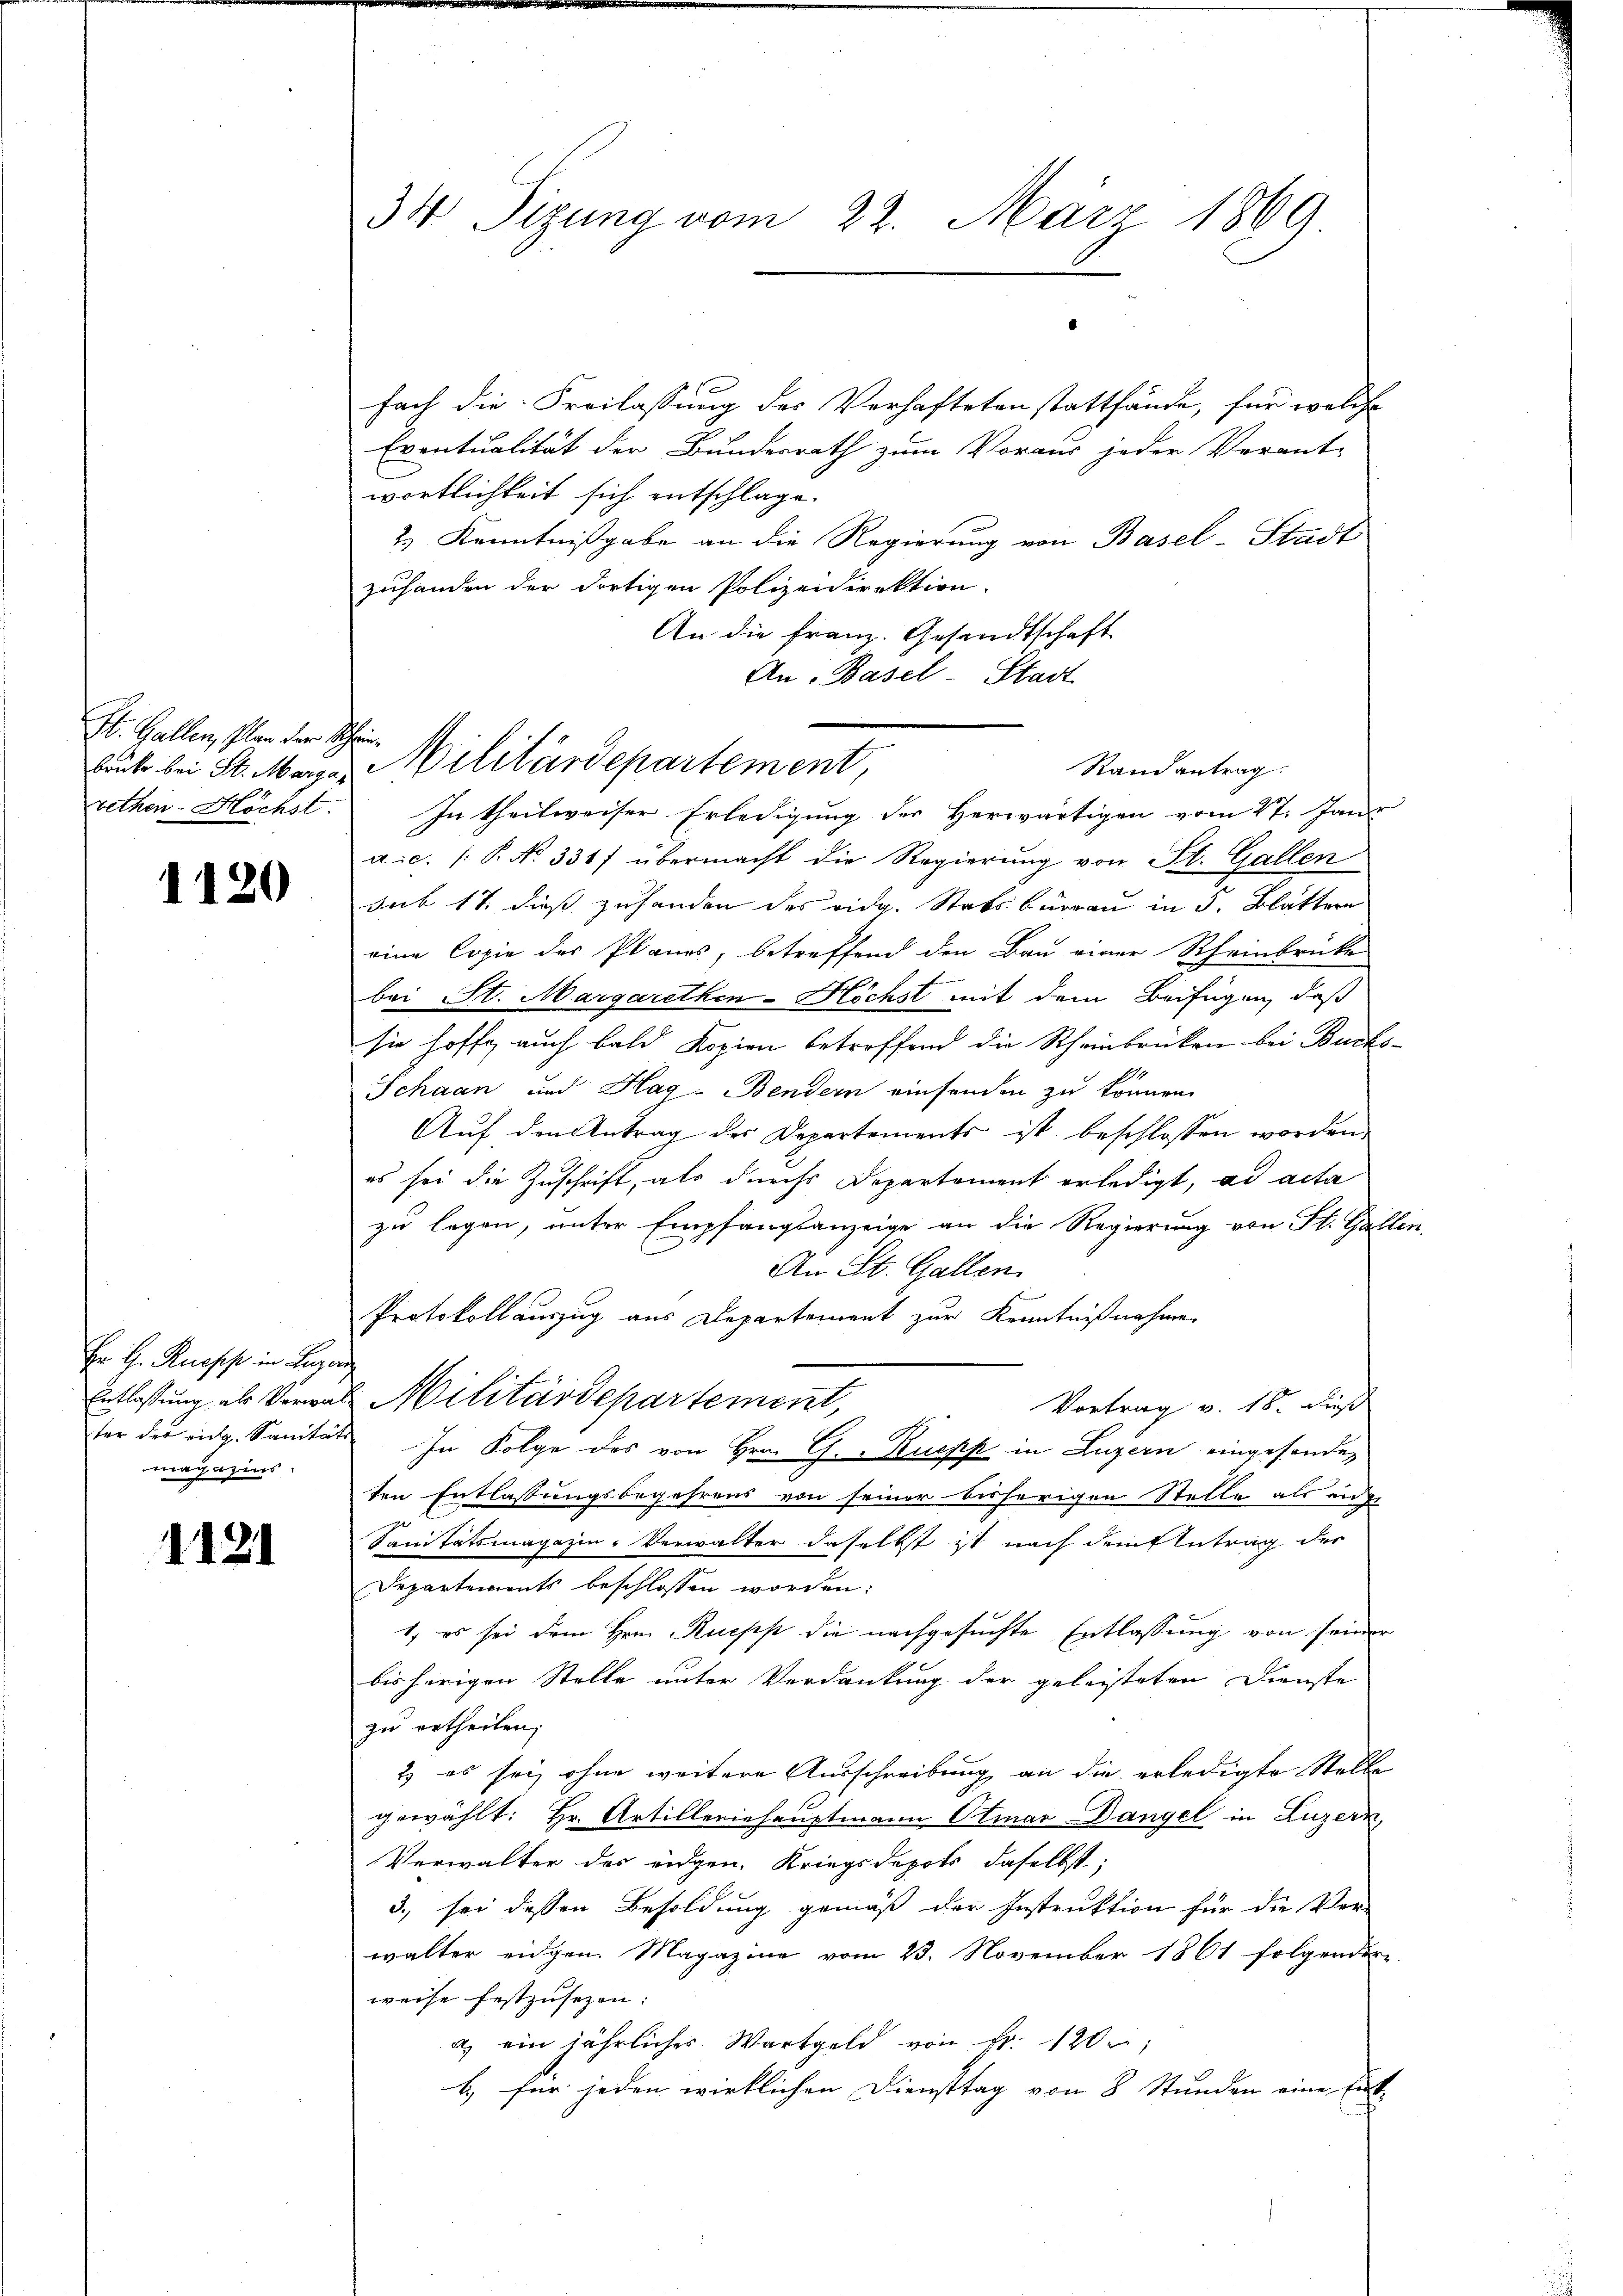
St. Gallen, Plan der S
Brüke bei St. Margarethen-Höchst.

1120

Er H. Knopf in Luzern
Entlassung als Vorwater der eidg. Sanitäts
magazins.

1121

34. Sitzung vom 22. März 1869

fach die Freilassung des Verhafteten stattfände, für welche
Eventualität der Bundesrath zum Voraus jeder Verant-
wortlichkeit sich entschlage.
2.) Kenntnißgabe an die Regierung von Basel-Stadt
zuhanden der dortigen Polizeidirektion.
An die Franz. Gesandtschaft
An Basel-Stadt
In Theilweiser Erledigung der Herwärtigen vom 27. Janr
a.c. (: P. No 331) übermacht die Regierung von St. Gallen
sub 17. dieß zuhanden des eidg. Stabsburgau in 5. Blättern
eine Copie des Planes, betreffend den Bau einer Rheinbrücke
bei St. Margarethen-Höchst mit dem Beifügen, daß
sie hoffe auch bald Kopien betroffend die Rheinbrücken bei Buchs-
Schaan und Hag - Bendern einsenden zu können.
Auf den Antrag des Departements ist beschlossen worden.
es sei die Zuschrift, als durchs Departement erledigt, ad acta
zu legen, unter Empfangsanzeige an die Regierung von St. Galle
An St. Gallen.
Protokollauszug aus Departement zur Kenntnißnahme
Militärdepartement,
Vortrag v. 18. Fuß
In Folge des von Hrn. G. Ruopp in Luzern eingesanden
ten Entlassungsbegehrens von seiner bisherigen Stelle als au
Sanitätsmagazin-Verwalter daselbst ist nach dem Antrag der
Departements beschlossen worden:
1) es sei dem Hrn. Ruepp die nachgesuchte Entlassung von seiner
bisherigen Stelle unter Verdankung der geleisteten Dienste
zu ertheilen;
2) es sei, ohne weitere Ausschreibung an die erledigte Stelle
gewählt: Hr. Artilleriehauptmann Otmar Dangel in Luzern,
Verwalter des eidgen. Kriegsdepots daselbst;
3.), sei dessen Besoldung gemäß der Instruktion für die Vor-
walter eidgen. Magazine vom 23. November 1861 folgendere
weise festzusezen:
a) ein jährlicher Wartgeld von Fr. 120
b.) für jeden wirklichen Diensttag von 8 Stunden eine Ent-

Militärdepartement,
Randantrag.